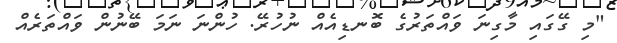
"މި ގޭގައި މާގިނަ ވައްތަރުގެ ބޮނޑިއެއް ނުހުރޭ. ހުންނަ ނަމަ ބޭނުން ވައްތަރެއް